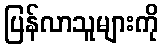
ပြန်လာသူများကို